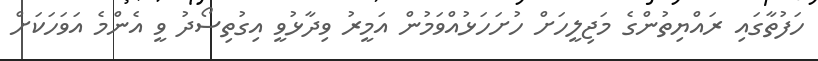
ހަފުތާގައި ރައްޔިތުންގެ މަޖިލީހަށް ހުށަހަޅުއްވަމުން އަމީރު ވިދާޅުވީ އިގުތިސޯދު ވީ އެންމެ އަވަހަކަށް